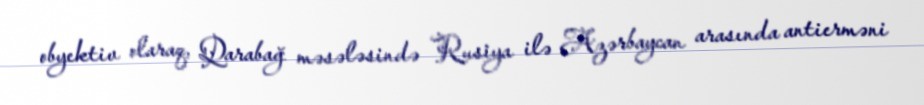
obyektiv olaraq, Qarabağ məsələsində Rusiya ilə Azərbaycan arasında antierməni